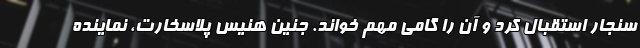
سنجار استقبال کرد و آن را گامی مهم خواند. جنین هنیس پلاسخارت، نماینده